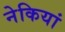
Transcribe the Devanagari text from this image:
नेकियां